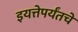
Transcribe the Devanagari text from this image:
इयत्तेपर्यंतचे